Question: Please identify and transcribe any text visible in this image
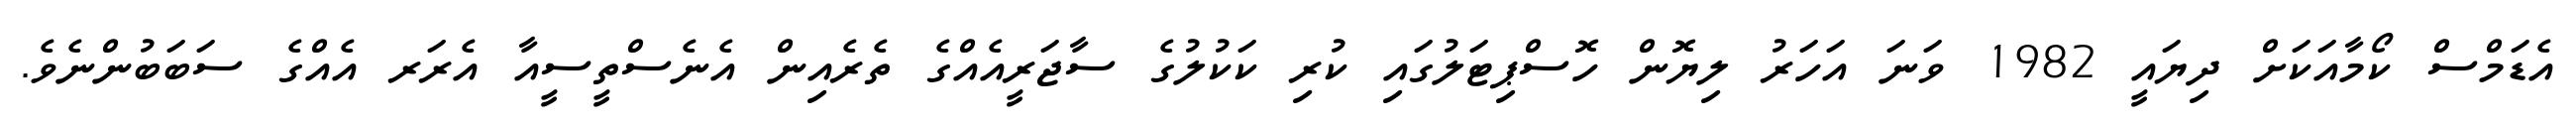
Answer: އެޑަމްސް ކޯމާއަކަށް ދިޔައީ 1982 ވަނަ އަހަރު ލިޔޮން ހޮސްޕިޓަލުގައި ކުރި ކަކުލުގެ ސާޖަރީއެއްގެ ތެރެއިން އެނެސްތީސީއާ އެރަރ އެއްގެ ސަބަބުންނެވެ.